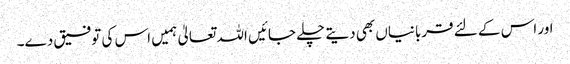
اور اس کے لئے قربانیاں بھی دیتے چلے جائیں اللہ تعالیٰ ہمیں اس کی توفیق دے۔